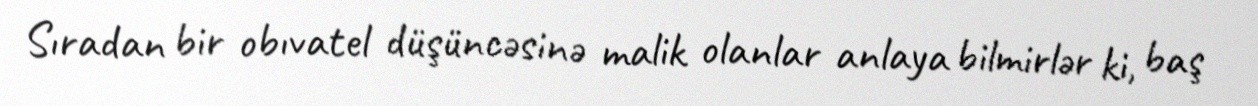
Sıradan bir obıvatel düşüncəsinə malik olanlar anlaya bilmirlər ki, baş